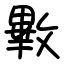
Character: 㪤